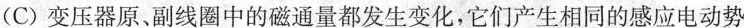
(C) 变压器原、副线圈中的磁通量都发生变化，它们产生相同的感应电动势